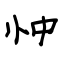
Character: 忡